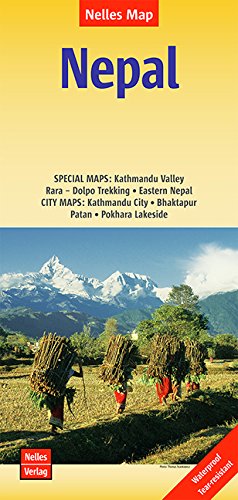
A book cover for NEPAL 2015 Map; Nelles; Travel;